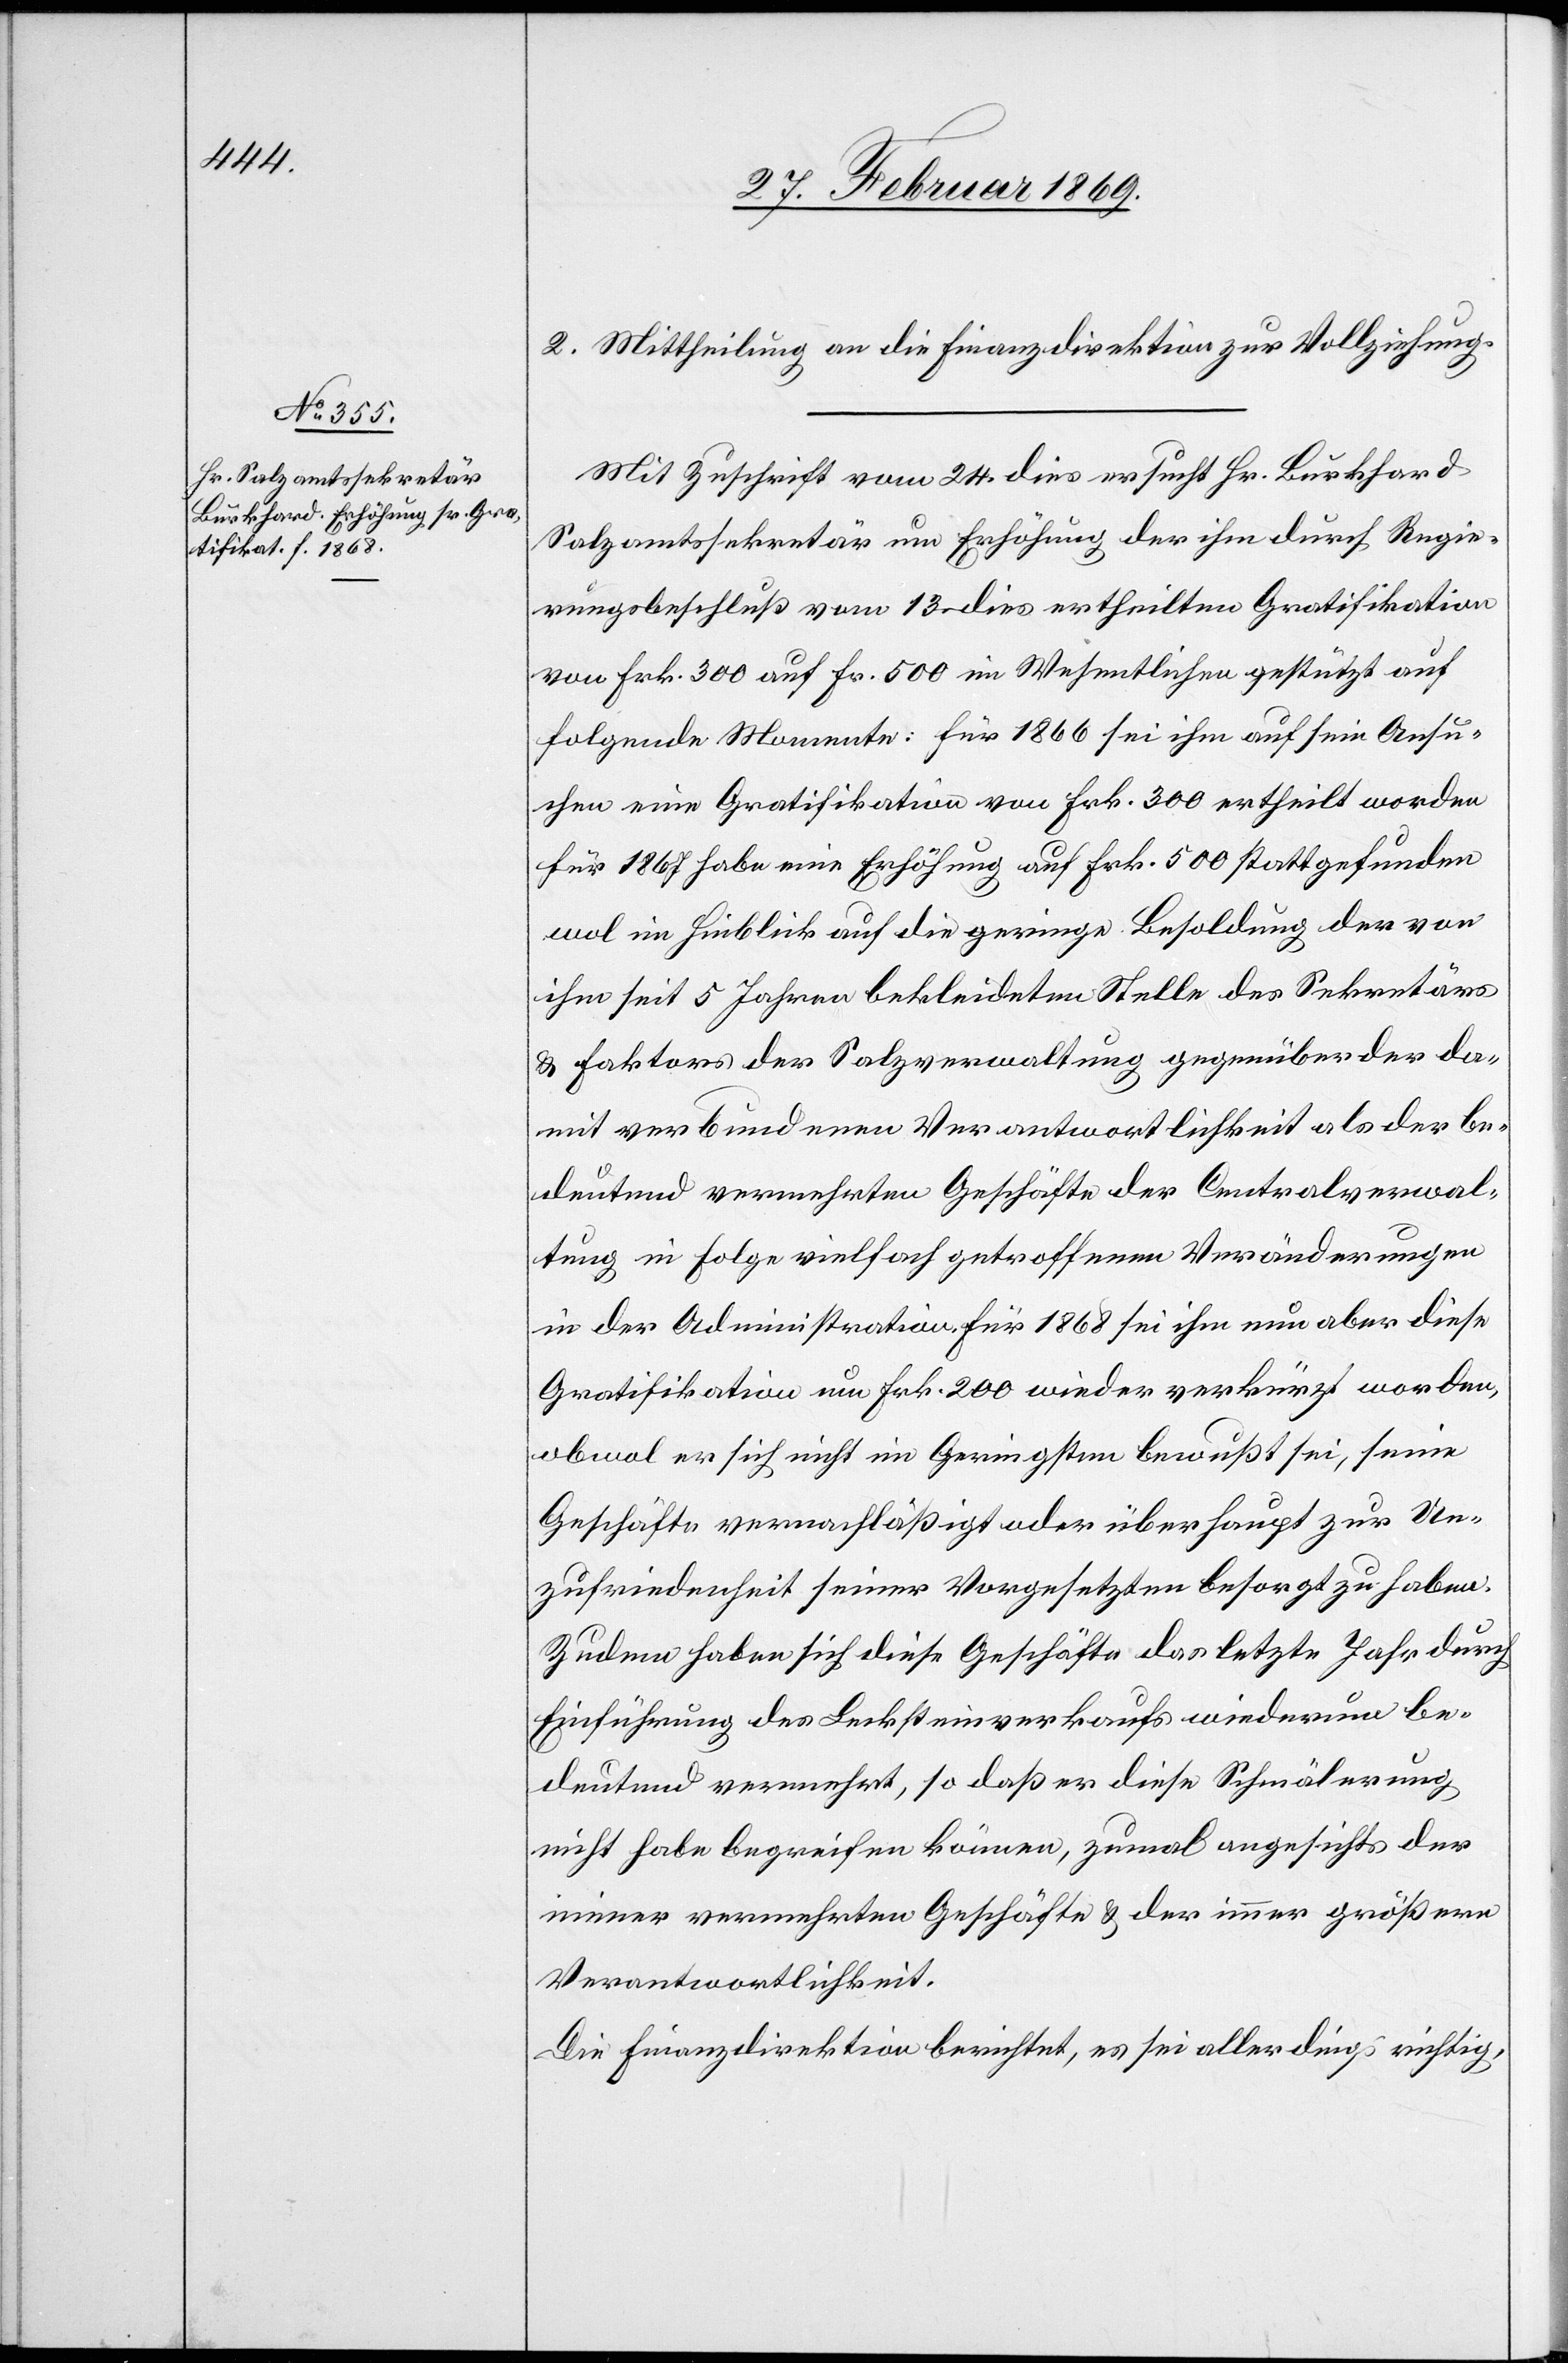
2. Mittheilung an die Finanzdirektion zur Vollziehung.
Mit Zuschrift vom 24. dies ersucht Hr. Burkhard
Salzamtssekretär um Erhöhung der ihm durch Regie¬
rungsbeschluß vom 13. dies ertheilten Gratifikation
von Frk. 300 auf Fr. 500 im Wesentlichen gestützt auf
folgende Momente: für 1866 sei ihm auf sein Ansu¬
chen eine Gratifikation von Frk. 300 ertheilt worden
für 1867 habe eine Erhöhung auf Frk. 500 stattgefunden
wol im Hinblick auf die geringe Besoldung der von
ihm seit 5 Jahren bekleideten Stelle des Sekretärs
& Faktors der Salzverwaltung gegenüber der da¬
mit verbundenen Verantwortlichkeit als der be¬
deutend vermehrten Geschäfte der Centralverwal¬
tung in Folge vielfach getroffenen Veränderungen
in der Administration für 1868 sei ihm nun aber diese
Gratifikation um Frk. 200 wieder verkürzt worden,
obwol er sich nicht im Geringsten bewußt sei, seine
Geschäfte vernachläßigt oder überhaupt zur Un¬
zufriedenheit seiner Vorgesetzten besorgt zu haben.
Zudem haben sich diese Geschäfte das letzte Jahr durch
Einführung des Lecksteinverkaufs wiederum be¬
deutend vermehrt, so daß er diese Schmälerung
nicht habe begreifen können, zumal angesichts der
immer vermehrten Geschäfte & der immer größern
Verantwortlichkeit.
Die Finanzdirektion berichtet, es sei allerdings richtig,